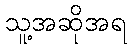
သူ့အဆိုအရ